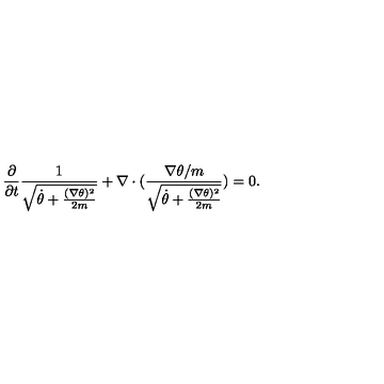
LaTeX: \frac { \partial } { \partial t } \frac { 1 } { \sqrt { \dot { \theta } + \frac { ( \nabla \theta ) ^ { 2 } } { 2 m } } } + \nabla \cdot ( \frac { \nabla \theta / m } { \sqrt { \dot { \theta } + \frac { ( \nabla \theta ) ^ { 2 } } { 2 m } } } ) = 0 .